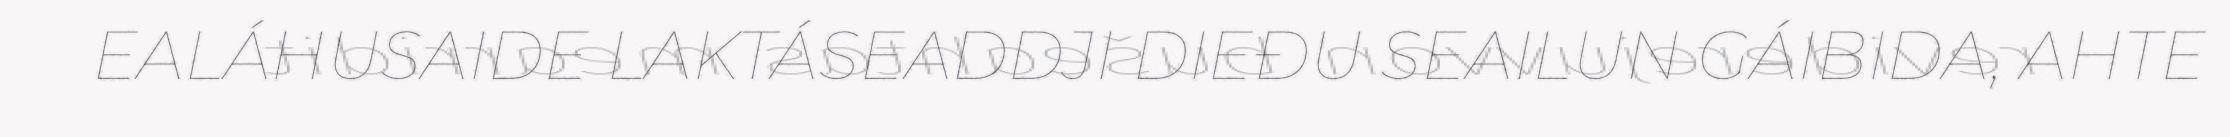
EALÁHUSAIDE LAKTÁSEADDJI DIEĐU SEAILUN GÁIBIDA, AHTE